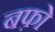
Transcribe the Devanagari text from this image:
बफ़ो